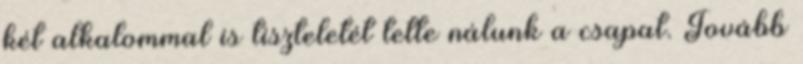
két alkalommal is tiszteletét tette nálunk a csapat. Tovább